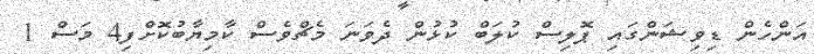
އަންހެން ޑިވިޝަންގައި ޕޮލިސް ކުލަބް ކުޅުން ދެވަނަ މެޗްވެސް ކާމިޔާބުކޮށްފި4 މަސް 1